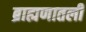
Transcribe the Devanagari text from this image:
ब्राह्मणातली